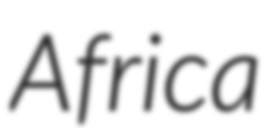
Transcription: Africa